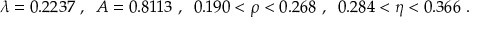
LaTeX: \lambda = 0 . 2 2 3 7 \ , \; \; A = 0 . 8 1 1 3 \ , \; \; 0 . 1 9 0 < \rho < 0 . 2 6 8 \ , \; \; 0 . 2 8 4 < \eta < 0 . 3 6 6 \ .